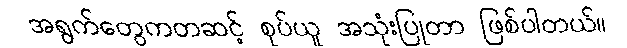
အရွက်တွေကတဆင့် စုပ်ယူ အသုံးပြုတာ ဖြစ်ပါတယ်။